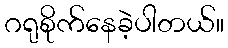
ဂရုစိုက်နေခဲ့ပါတယ်။